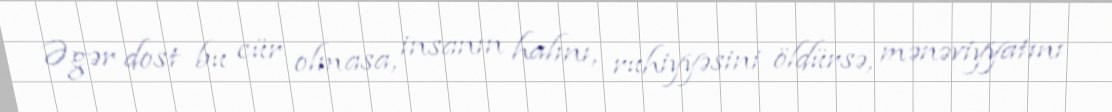
Əgər dost bu cür olmasa, insanın halını, ruhiyyəsini öldürsə, mənəviyyatını